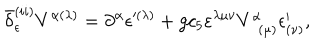
\bar { \delta } _ { \epsilon } ^ { ( i i ) } V ^ { \alpha ( \lambda ) } = \partial ^ { \alpha } \epsilon ^ { \prime ( \lambda ) } + g c _ { 5 } \varepsilon ^ { \lambda \mu \nu } V _ { \; \; ( \mu ) } ^ { \alpha } \epsilon _ { ( \nu ) } ^ { \prime } ,